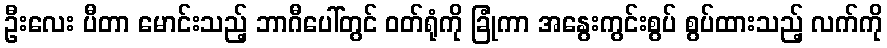
ဦးလေး ပီတာ မောင်းသည့် ဘာဂီပေါ်တွင် ဝတ်ရုံကို ခြုံကာ အနွေးကွင်းစွပ် စွပ်ထားသည့် လက်ကို